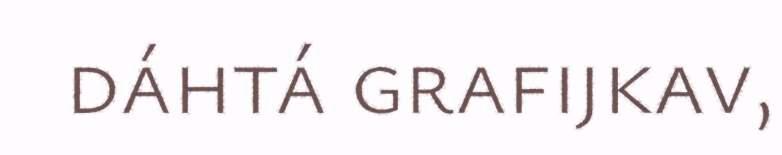
dáhtá grafijkav,